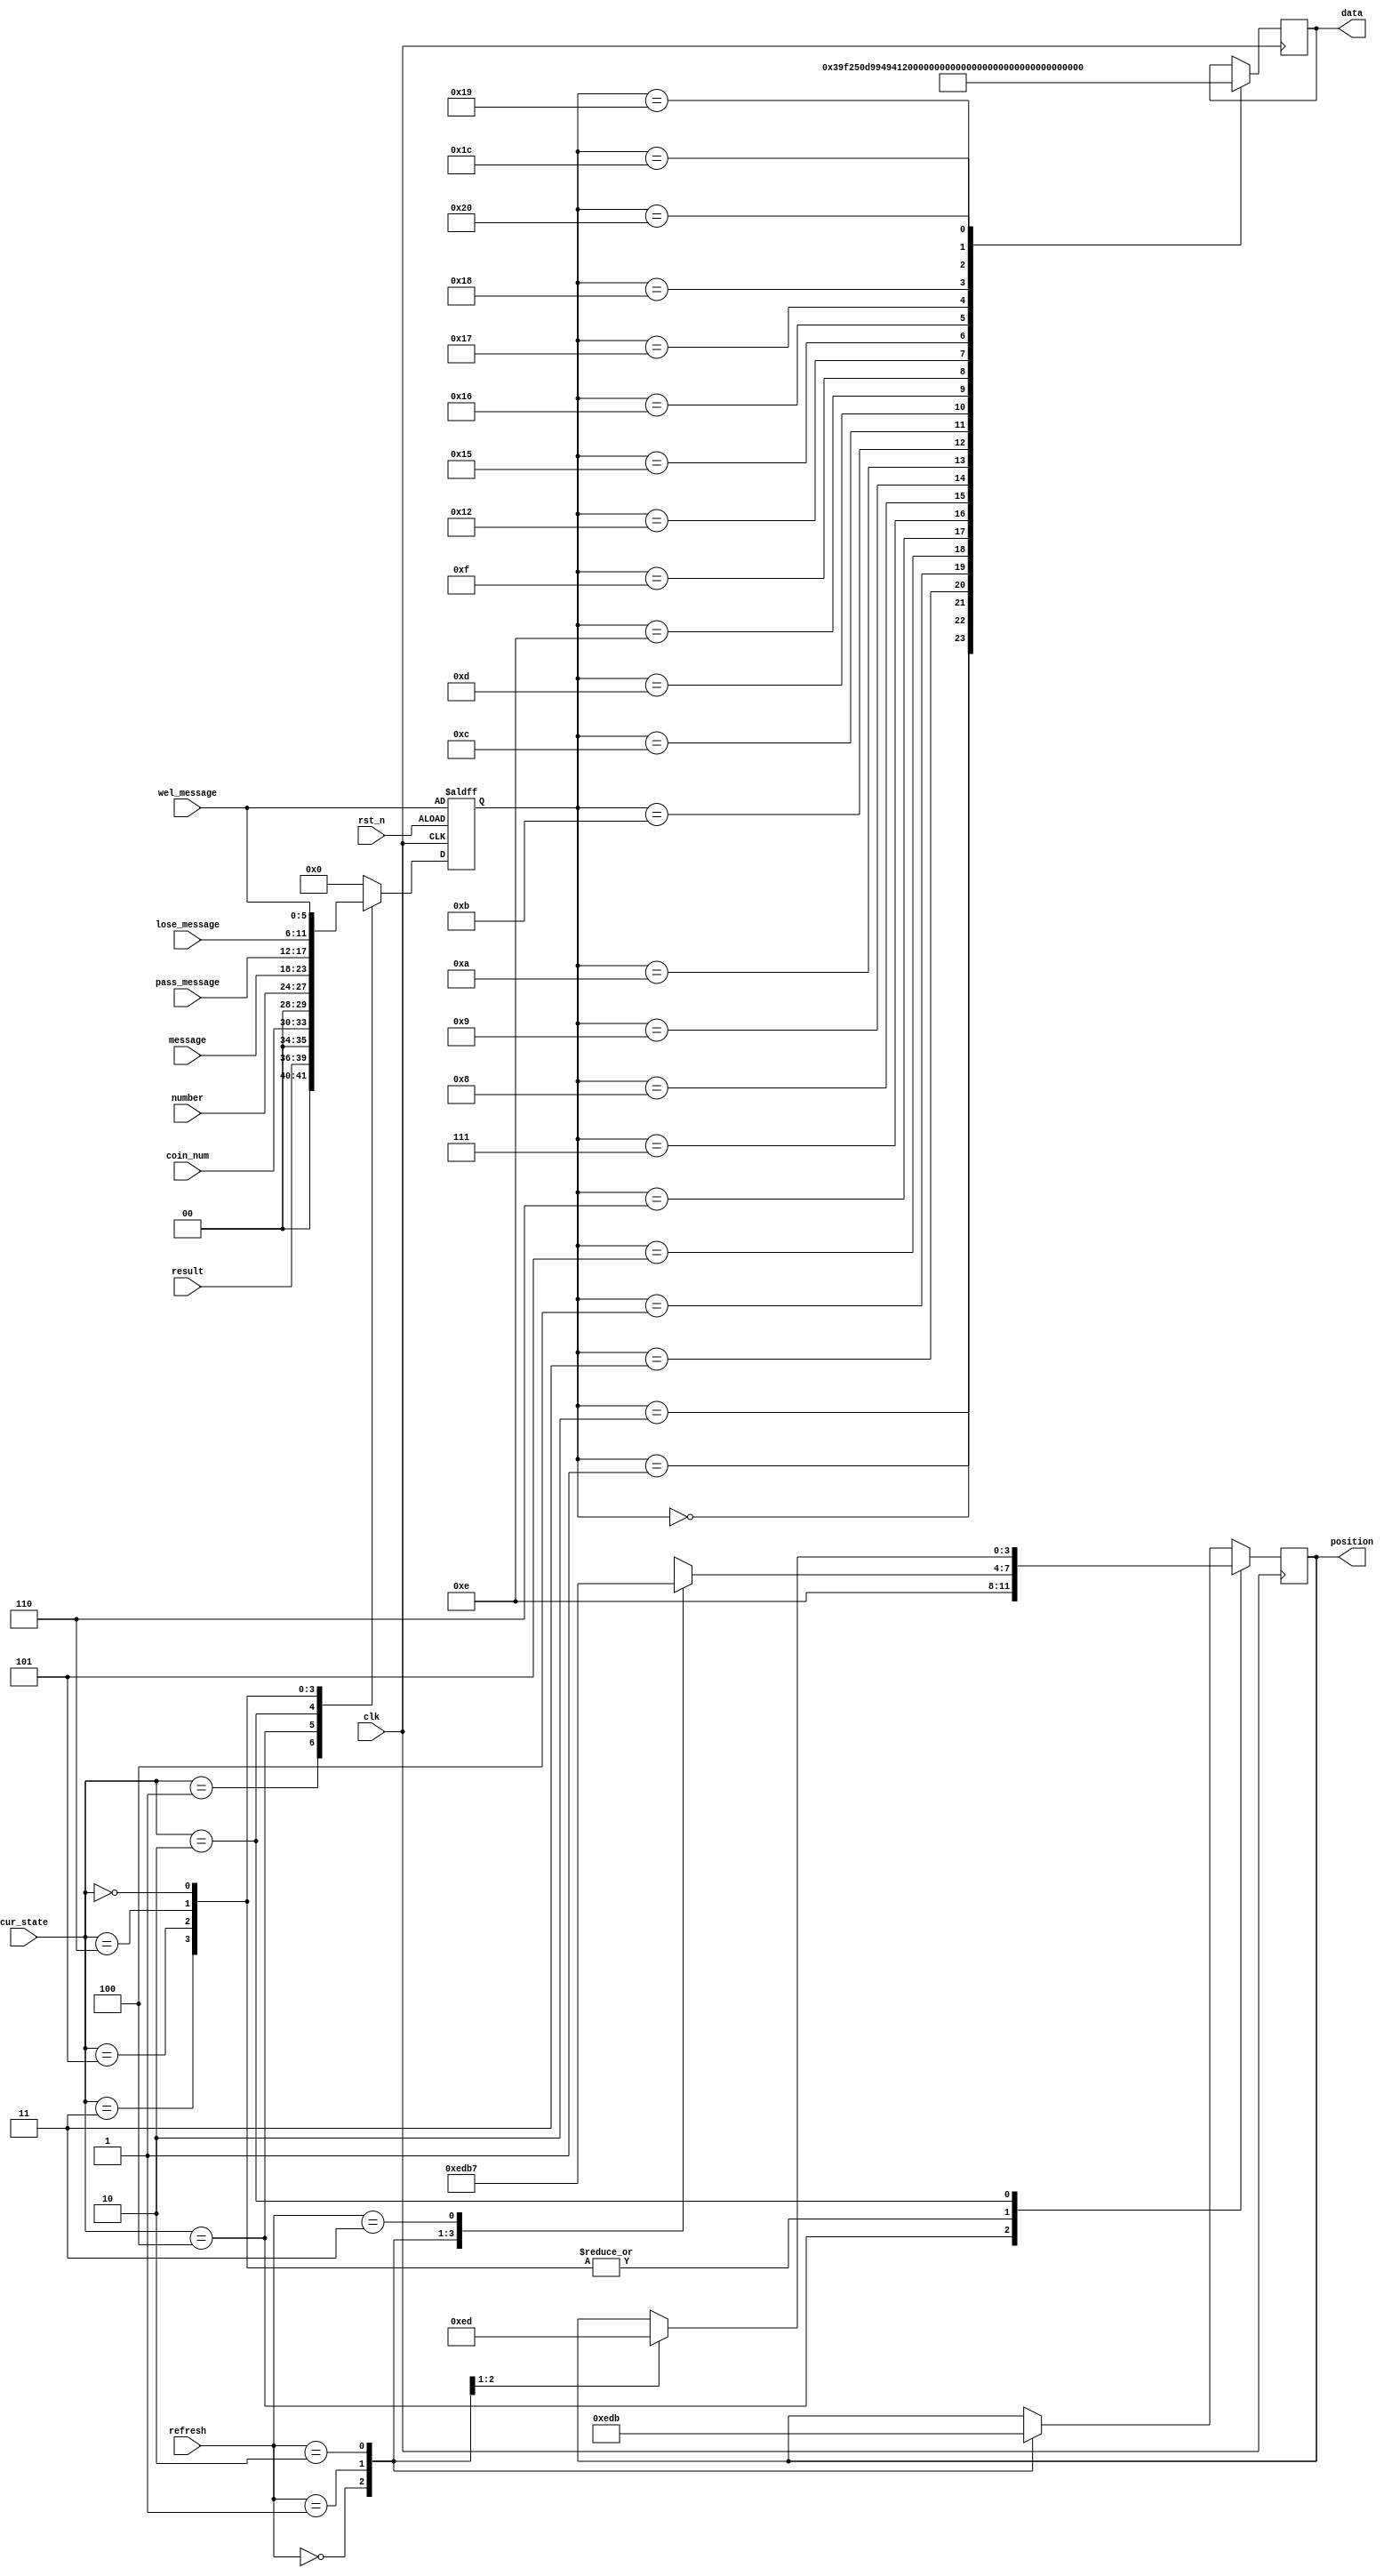
`timescale 1ns / 1ps
//////////////////////////////////////////////////////////////////////////////////
// Company: 
// Engineer: 
// 
// Design Name: 
// Module Name:    ShowDigitalNum 
// Project Name: 
// Target Devices: 
// Tool versions: 
// Description: 
//
// Dependencies: 
//
// Revision: 
// Revision 0.01 - File Created
// Additional Comments: 
//
//////////////////////////////////////////////////////////////////////////////////
module ShowDigitalNum(
input	clk,
input	rst_n,
input	[3:0]	cur_state,
input	[1:0] refresh,
input	[3:0]	coin_num,	//
input	[3:0]	result,
input	[3:0]	number,
input	[5:0] message,
input	[5:0] pass_message,
input	[5:0] lose_message,
input	[5:0]	wel_message,
output wire [3:0] position,	//
output reg  [7:0] data		//
    );

parameter WELCOME = 4'b0000, GAME = 4'b0001, SCORE = 4'b0010, ERROR = 4'b0011, COIN = 4'b0100, PASS = 4'b0101, LOSE = 4'b0110;


reg [3:0] pos = 4'b1110;

reg [5:0] info  = 6'h0;

	
always@(posedge clk)
	begin
		case(cur_state)
			WELCOME:
				case(refresh)
					2'h0: pos <= 4'b1110;
					2'h1:	pos <= 4'b1101;
					2'h2: pos <= 4'b1011;
					2'h3: pos <= 4'b0111;
				endcase
			COIN:	pos <= 4'b1110;
			PASS:
				case(refresh)
					2'h0: pos <= 4'b1110;
					2'h1:	pos <= 4'b1101;
					2'h2: pos <= 4'b1011;
					2'h3: pos <= 4'b0111;
				endcase
			LOSE:
				case(refresh)
					2'h0: pos <= 4'b1110;
					2'h1:	pos <= 4'b1101;
					2'h2: pos <= 4'b1011;
					2'h3: pos <= 4'b0111;
				endcase
			ERROR:
				case(refresh)
					2'h0: pos <= 4'b1110;
					2'h1:	pos <= 4'b1101;
					2'h2: pos <= 4'b1011;
					2'h3: pos <= 4'b0111;
				endcase
			SCORE:
				case(refresh)
					2'h0:	pos <= 4'b1110;
					2'h1:	pos <= 4'b1101;
				endcase
			default: 
				case(refresh)
					2'h0:	pos <= 4'b1110;
					2'h1:	pos <= 4'b1101;
					2'h2:	pos <= 4'b1011;
				endcase
		endcase
	end


always@(posedge clk or negedge rst_n)
	begin
		if(~rst_n)
			info <= wel_message;
		else
			case(cur_state)
				GAME:	info <= result;
				COIN:	info <= coin_num;
				SCORE: info <= number;
				ERROR: info <= message;
				PASS: info <= pass_message;
				LOSE:	info <= lose_message;
				WELCOME: info <= wel_message;
				default:	info <= 4'h0;
			endcase
	end


always@(posedge clk)
	begin
		case(info)
			6'h0:	data <= 8'b00000011;
			6'h1:	data <= 8'b10011111;
			6'h2:	data <= 8'b00100101;
			6'h3:	data <= 8'b00001101;
			6'h4:	data <= 8'b10011001;
			6'h5:	data <= 8'b01001001;
			6'h6:	data <= 8'b01000001;
			6'h7:	data <= 8'b00011111;
			6'h8:	data <= 8'b00000001;
			6'h9: data <= 8'b00001001;
			6'hA: data <= 8'b00010001;
			6'hB: data <= 8'b11000001;
			6'hC: data <= 8'b01100011;
			6'hD: data <= 8'b10000101;
			6'hE: data <= 8'b01100001;
			6'hF: data <= 8'b01110001;
			6'd18:	data <= 8'b11110111;	//I
			6'd21:	data <= 8'b11100011; //L
			6'd22:	data <= 8'b01010101; //M
			6'd23:	data <= 8'b11010101; //N
			6'd24:	data <= 8'b11000101;	//O
			6'd25:	data <= 8'b00110001;	//P
			6'd28:	data <= 8'b01011001;	//S
			6'd32:	data <= 8'b01000111; //W
		endcase
	end

assign position = pos;

endmodule